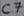
Text: C7